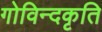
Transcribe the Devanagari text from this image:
गोविन्दकृति